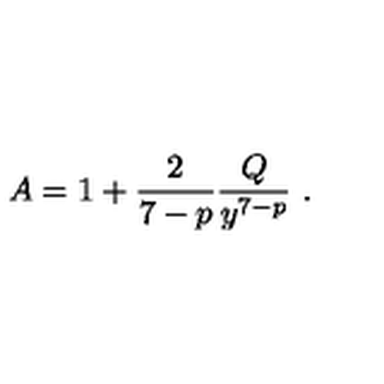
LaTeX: A = 1 + \frac { 2 } { 7 - p } \frac { Q } { y ^ { 7 - p } } \ .